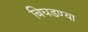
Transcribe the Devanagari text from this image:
बिघडण्या